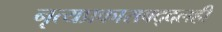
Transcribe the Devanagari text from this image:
नृत्यप्रकाराबद्दलही